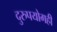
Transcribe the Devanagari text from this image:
दुरुपयोगही